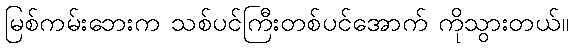
မြစ်ကမ်းဘေးက သစ်ပင်ကြီးတစ်ပင်အောက် ကိုသွားတယ်။